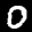
Label: 0